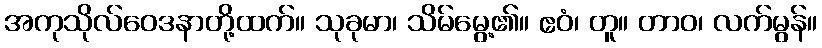
အကုသိုလ်ဝေဒနာတို့ထက်။ သုခုမာ၊ သိမ်မွေ့၏။ ဧဝံ၊ တူ။ တာဝ၊ လက်မွန်။